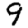
Digit: 9